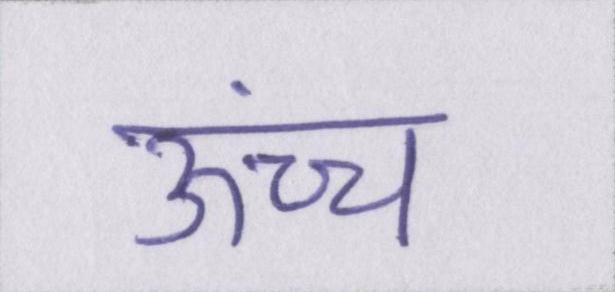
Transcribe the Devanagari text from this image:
ऊंच्च